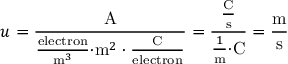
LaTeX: u = { \frac { \mathrm { A } } { { \frac { \mathrm { e l e c t r o n } } { { \mathrm { m } } ^ { 3 } } } { \cdot } { \mathrm { m } } ^ { 2 } \cdot { \frac { \mathrm { C } } { \mathrm { e l e c t r o n } } } } } = { \frac { \frac { \mathrm { C } } { \mathrm { s } } } { { \frac { 1 } { \mathrm { m } } } { \cdot } { \mathrm { C } } } } = { \frac { \mathrm { m } } { \mathrm { s } } }